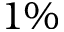
1 \%